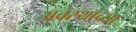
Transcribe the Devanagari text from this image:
अवस्थांच्या